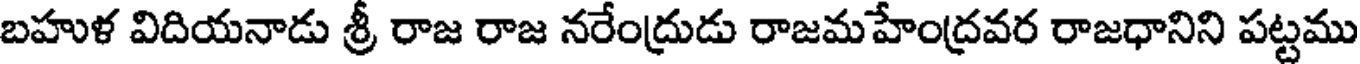
బహుళ విదియనాడు శ్రీ రాజ రాజ నరేంద్రుడు రాజమహేంద్రవర రాజధానిని పట్టము